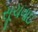
સૂચવાઇ